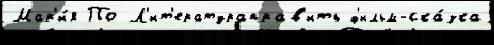
Мар'и́я По Л'ит'ератураправ'ить ф'ильм-ска́зка